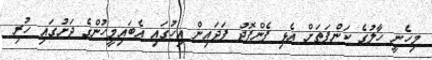
މިހެނީ ހާލުގެ ކަންފަތަށް އެޅި ފެންފޮދު ފަދައިން އިހުގައި އެބައިމީހުންގެ ދަށުގައި ހުރި